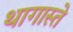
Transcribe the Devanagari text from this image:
थागास्ते